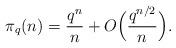
LaTeX: \begin{align*}\pi_q(n) = \frac{q^n}{n}+O \Big( \frac{q^{n/2}}{n} \Big). \end{align*}